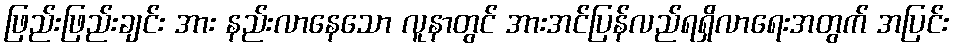
ဖြည်းဖြည်းချင်း အား နည်းလာနေသော လူနာတွင် အားအင်ပြန်လည်ရရှိလာရေးအတွက် အပြင်း